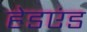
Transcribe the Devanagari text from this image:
हेडएंड